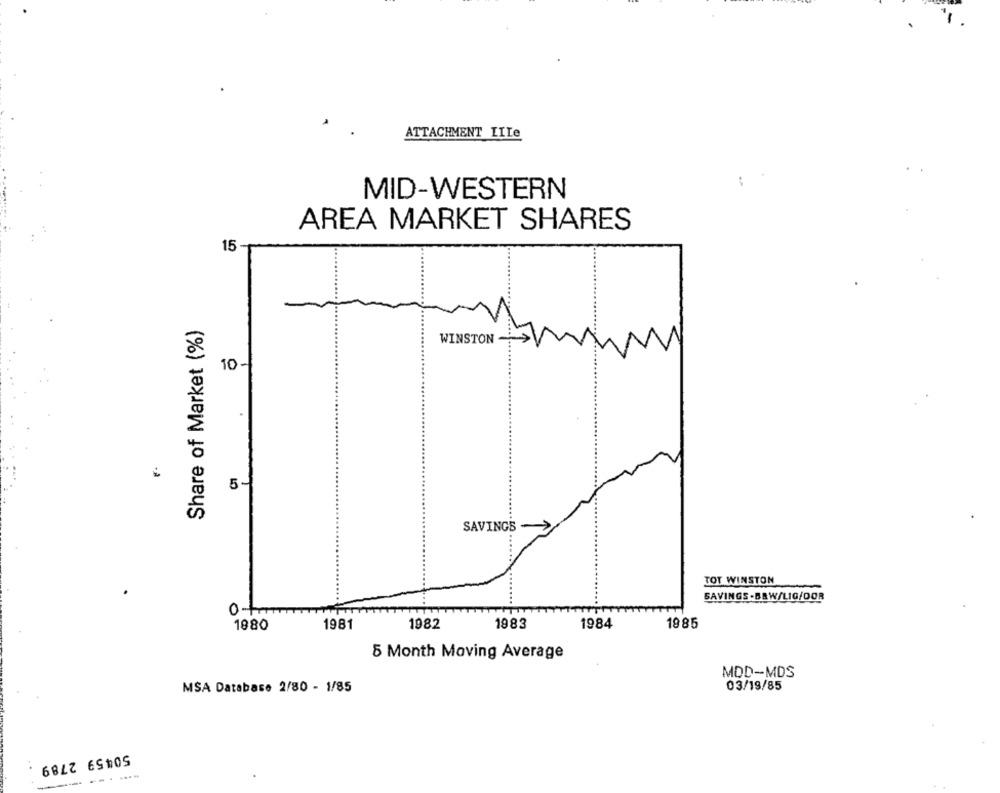
ATTACHMENT IILe
:
MID-WESTERN
AREA MARKET SHARES
15 -
Share of Market (%)
...
WINSTON -
10-
SAVINGS-
TOT WINSTON
...
SAVINGS .BRW/LIG/DOR
0-+
1980
1981
1982
1983
1984
1985
5 Month Moving Average
MOD-MDS
MSA Database 2/80 - 1/85
03/19/85
50459 2789